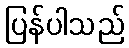
ပြန်ပါသည်